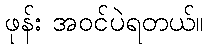
ဖုန်း အဝင်ပဲရတယ်။